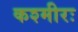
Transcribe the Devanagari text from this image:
कश्मीरः